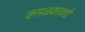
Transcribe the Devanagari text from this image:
कमळकाकडी